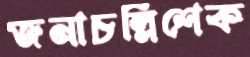
জনাচল্লিশেক